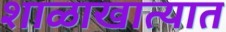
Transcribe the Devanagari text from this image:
शाळाखात्यात